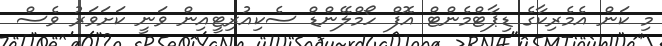
މި ކަން އެމެރިކާގެ ޑިޕާޓްމެންޓް އޮފް ހޯމްލޭންޑް ސެކިއުރިޓީއިން ވަނީ ކަށަވަރު ވެސް